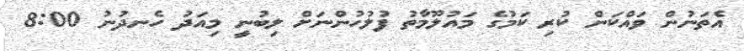
އެތަނުން ވައްކަން ކުރި ކަމުގެ މައުލޫމާތު ފުލުހުންނަށް ލިބުނީ މިއަދު ހެނދުނު 8:00